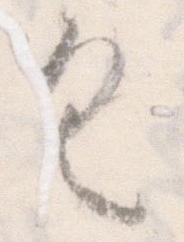
具